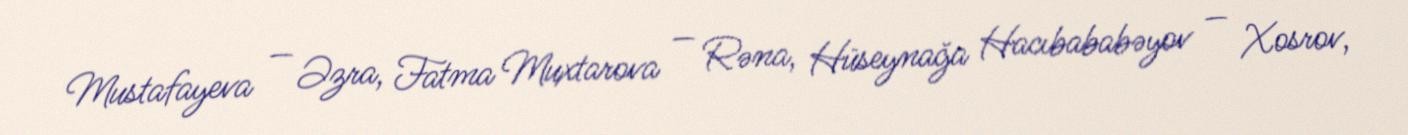
Mustafayeva — Əzra, Fatma Muxtarova — Rəna, Hüseynağa Hacıbababəyov — Xosrov,